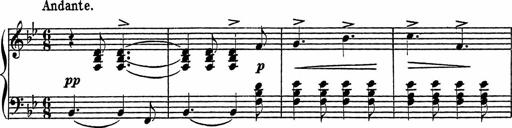
Title: Piano Sonatinas
Composer: Charles Fradel